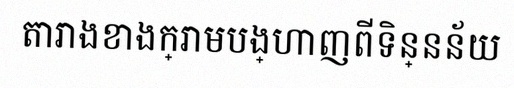
តារាងខាងក្រោមបង្ហាញពីទិន្នន័យ